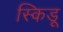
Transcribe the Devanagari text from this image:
स्किडू